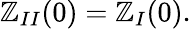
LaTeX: \mathbb{Z}_{II}(0)=\mathbb{Z}_{I}(0).